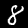
Label: 8